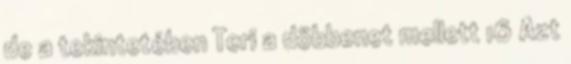
de a tekintetében Teri a döbbenet mellett 16 Azt